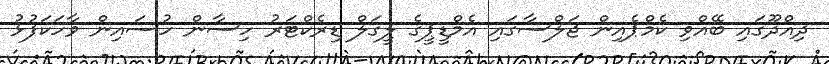
ދިއްދޫގައި ބޭއްވި ކެމްޕެއިން ޖަލްސާގައި އެމްޑީޕީގެ ލީގަލް ޑިރެކްޓަރު ހިސާން ހުސައިން ވާހަކަފުޅު